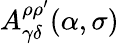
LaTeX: A_{\gamma\delta}^{\rho\rho^{\prime}}(\alpha,\sigma)